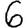
Digit: 6